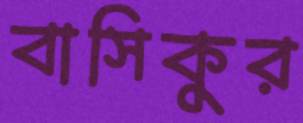
বাসিকুর